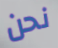
نحن